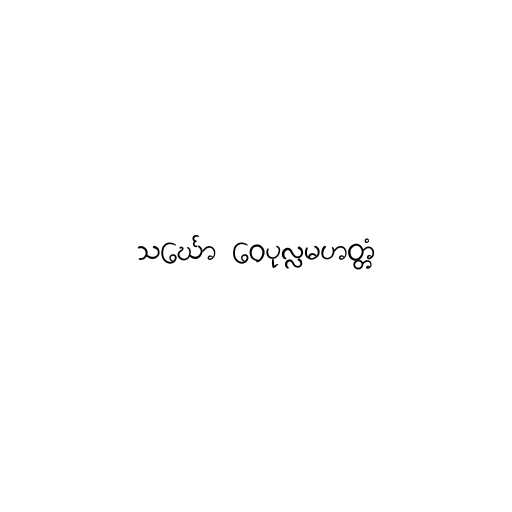
သင်္ဃော ဝေပုလ္လမဟတ္တံ